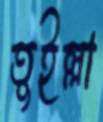
তুইল্লা